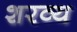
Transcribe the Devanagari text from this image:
शरव्य